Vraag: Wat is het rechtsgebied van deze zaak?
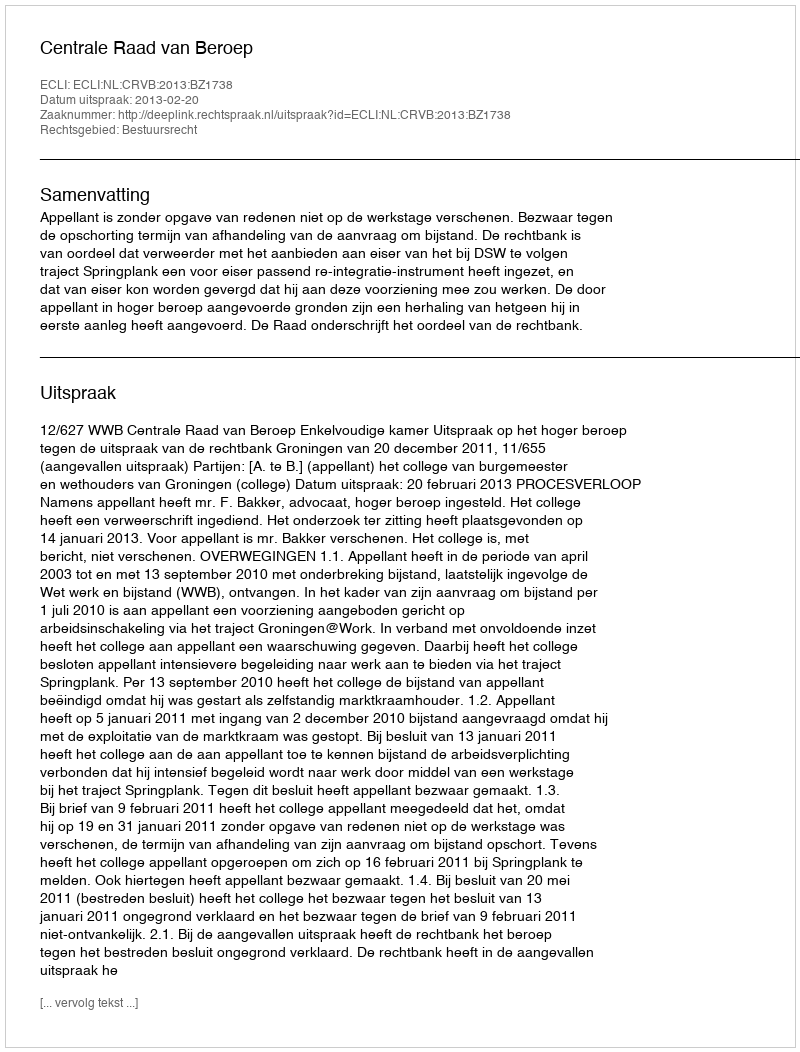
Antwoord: Bestuursrecht